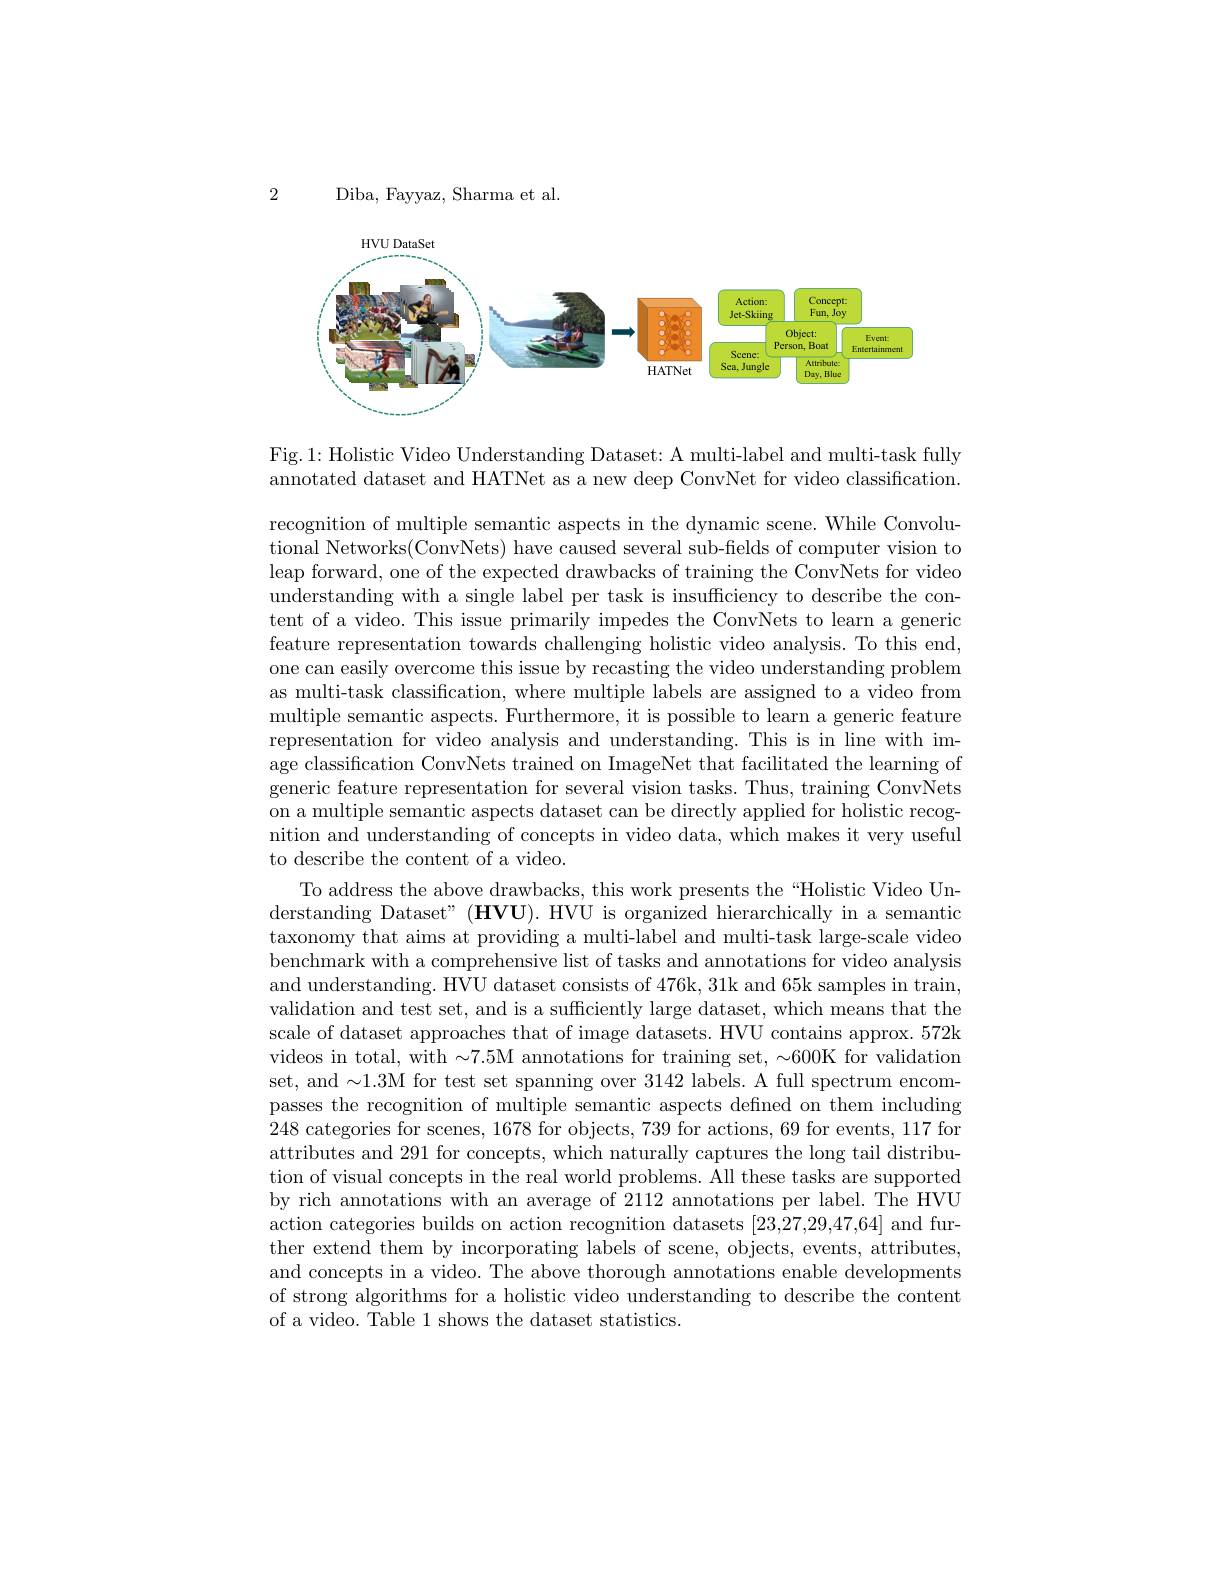
2

Diba, Fayyaz, Sharma et al.

<FigureHere>

Fig.1: Holistic Video Understanding Dataset: A multi-label and multi-task fully annotated dataset and HATNet as a new deep ConvNet for video classification.

recognition of multiple semantic aspects in the dynamic scene. While Convolutional Networks(ConvNets) have caused several sub-fields of computer vision to leap forward, one of the expected drawbacks of training the ConvNets for video understanding with a single label per task is insufficiency to describe the content of a video. This issue primarily impedes the ConvNets to learn a generic feature representation towards challenging holistic video analysis. To this end, one can easily overcome this issue by recasting the video understanding problem as multi-task classification, where multiple labels are assigned to a video from multiple semantic aspects. Furthermore, it is possible to learn a generic feature representation for video analysis and understanding. This is in line with image classification ConvNets trained on ImageNet that facilitated the learning of generic feature representation for several vision tasks. Thus, training ConvNets on a multiple semantic aspects dataset can be directly applied for holistic recognition and understanding of concepts in video data, which makes it very useful to describe the content of a video.
To address the above drawbacks, this work presents the“Holistic Video Understanding Dataset" (HVU). HVU is organized hierarchically in a semantic taxonomy that aims at providing a multi-label and multi-task large-scale video benchmark with a comprehensive list of tasks and annotations for video analysis and understanding. HVU dataset consists of 476k, 31k and 65k samples in train, validation and test set, and is a sufficiently large dataset, which means that the scale of dataset approaches that of image datasets. HVU contains approx. 572k videos in total, with $\sim7.5$M annotations for training set, $\sim600$K for validation set, and $\sim1.3$M for test set spanning over 3142 labels. A full spectrum encompasses the recognition of multiple semantic aspects defined on them including 248 categories for scenes, 1678 for objects, 739 for actions, 69 for events, 117 for attributes and 291 for concepts, which naturally captures the long tail distribution of visual concepts in the real world problems. All these tasks are supported by rich annotations with an average of 2112 annotations per label. The HVU action categories builds on action recognition datasets [23,27,29,47,64] and further extend them by incorporating labels of scene, objects, events, attributes, and concepts in a video. The above thorough annotations enable developments of strong algorithms for a holistic video understanding to describe the content of a video. Table 1 shows the dataset statistics.